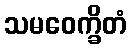
သမဝေက္ခိတံ